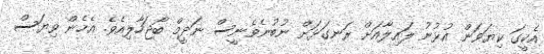
އެކީގަ ކިޔަވަން އުޅުނު ލައިލާއަށް ރަނގަޅަށް ނުބުނެވެނީސް ނަދީމް ބޯޖަހާލިއެވެ. އެހެން ވިޔަސް